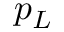
p _ { L }